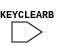
// This program was cloned from: https://github.com/jhshi/openofdm
// License: Apache License 2.0

///////////////////////////////////////////////////////////////////////////////
// Copyright (c) 1995/2004 Xilinx, Inc.
// All Right Reserved.
///////////////////////////////////////////////////////////////////////////////
//   ____  ____
//  /   /\/   /
// /___/  \  /    Vendor : Xilinx
// \   \   \/     Version : 10.1
//  \   \         Description : Xilinx Functional Simulation Library Component
//  /   /
// /___/   /\     Filename : KEY_CLEAR.v 
// \   \  /  \    Timestamp : Wed Aug 17 16:23:43 PDT 2005
//  \___\/\___\
//
// Revision:
//    08/17/05 - Initial version.
// End Revision

`timescale 1 ps / 1 ps 

module KEY_CLEAR (
	KEYCLEARB
);

input KEYCLEARB;

specify
	specparam PATHPULSE$ = 0;
endspecify

endmodule